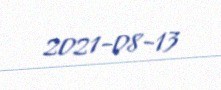
2021-08-13